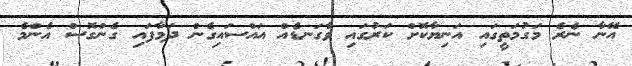
އޭނާ ނެރެ މަގުމަތީގައި އަނިޔާކޮށް ކަރުގައި ވާގަނޑެއް އައްސައިގެން ދަމާފައި ގެންގޮސް އެންމެ